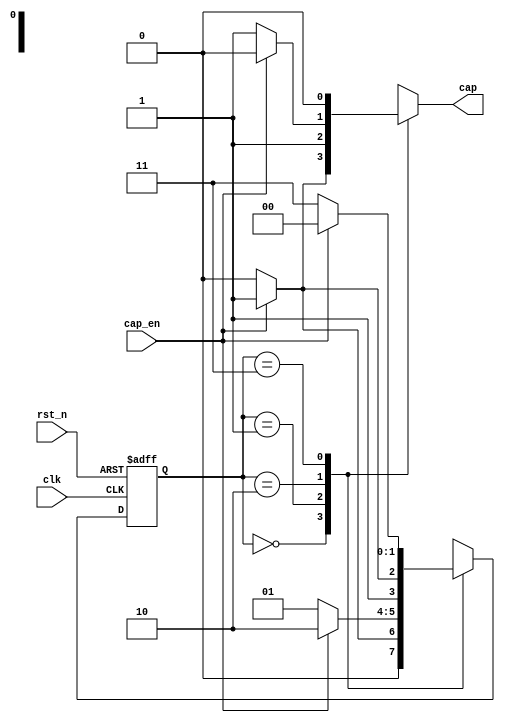
`timescale 1ns / 1ps
//////////////////////////////////////////////////////////////////////////////////
// Company: 
// Engineer: 
// 
// Design Name: 
// Module Name: fsm
// Project Name: 
// Target Devices: 
// Tool Versions: 
// Description: 
// 
// Dependencies: 
// 
// Revision:
// Revision 0.01 - File Created
// Additional Comments:
// 
//////////////////////////////////////////////////////////////////////////////////


module FSM(
    output reg cap,
    input cap_en,
    input clk,
    input rst_n
    );
    reg [1:0]state, next_state;

always@*
  case (state)
    2'b00:
      if (cap_en)
      begin
        next_state = 2'b01;
        cap = 1;
      end
      else
      begin
        next_state = 2'b00;
        cap = 0;
      end
    2'b01:
      if (cap_en)
      begin
        next_state = 2'b10;
        cap = 1;
      end
      else
      begin
        next_state = 2'b01;
        cap = 1;
      end
    2'b10:
        if (cap_en)
        begin
          next_state = 2'b11;
          cap = 0;
        end
        else
        begin
          next_state = 2'b10;
          cap = 1;
        end
    2'b11:
        if (cap_en)
          begin
            next_state = 2'b00;
            cap = 0;
          end
          else
          begin
            next_state = 2'b11;
            cap = 0;
          end
    default:
    begin
      next_state = 2'b00;
      cap = 0;
    end
  endcase

always@(posedge clk or negedge rst_n)
  if (~rst_n)
    state <= 2'b00;
  else
    state <= next_state;

endmodule